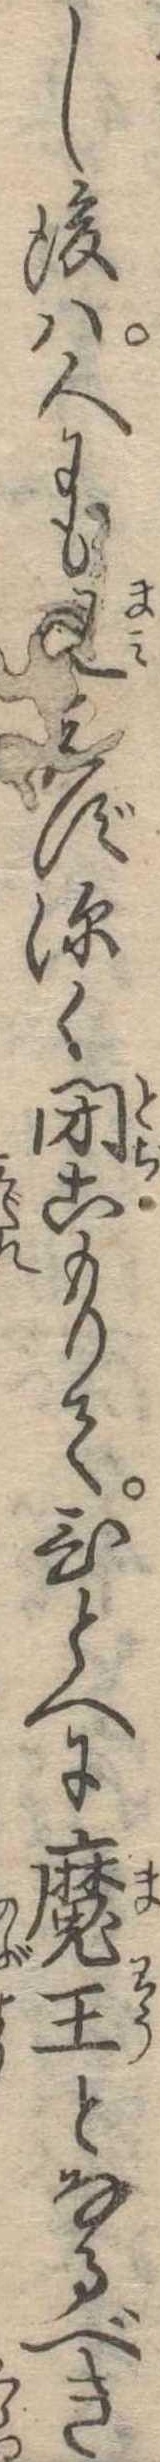
し後は人にもえず深く閉こもりてひとへに魔王となるべき